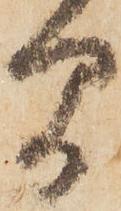
間